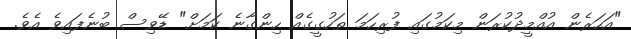
"އަހަރެން އުއްމީދުކުރަން މިކަމުގައި ފުރިހަމަ ތަހުގީގެއް ހިންގާނެ ކަމަށް" ޑޭވިސް ބުނެފައިވެ އެވެ.